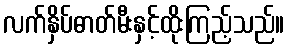
လက်နှိပ်ဓာတ်မီးနှင့်ထိုးကြည့်သည်။